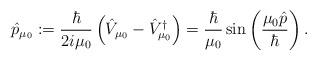
LaTeX: \begin{align*}\hat{p}_{\mu_{0}}:=\frac{\hbar}{2i\mu_{0}}\left( \hat{V}_{\mu_{0}}-\hat{V}_{\mu_{0}}^{\dagger}\right)=\frac{\hbar}{\mu_{0}}\sin\left( \frac{\mu_{0}\hat{p}}{\hbar}\right). \end{align*}